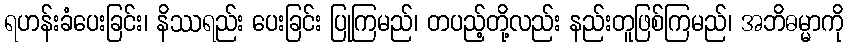
ရဟန်းခံပေးခြင်း၊ နိဿရည်း ပေးခြင်း ပြုကြမည်၊ တပည့်တို့လည်း နည်းတူဖြစ်ကြမည်၊ အဘိဓမ္မာကို